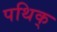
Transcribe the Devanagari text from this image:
पथिक्‌